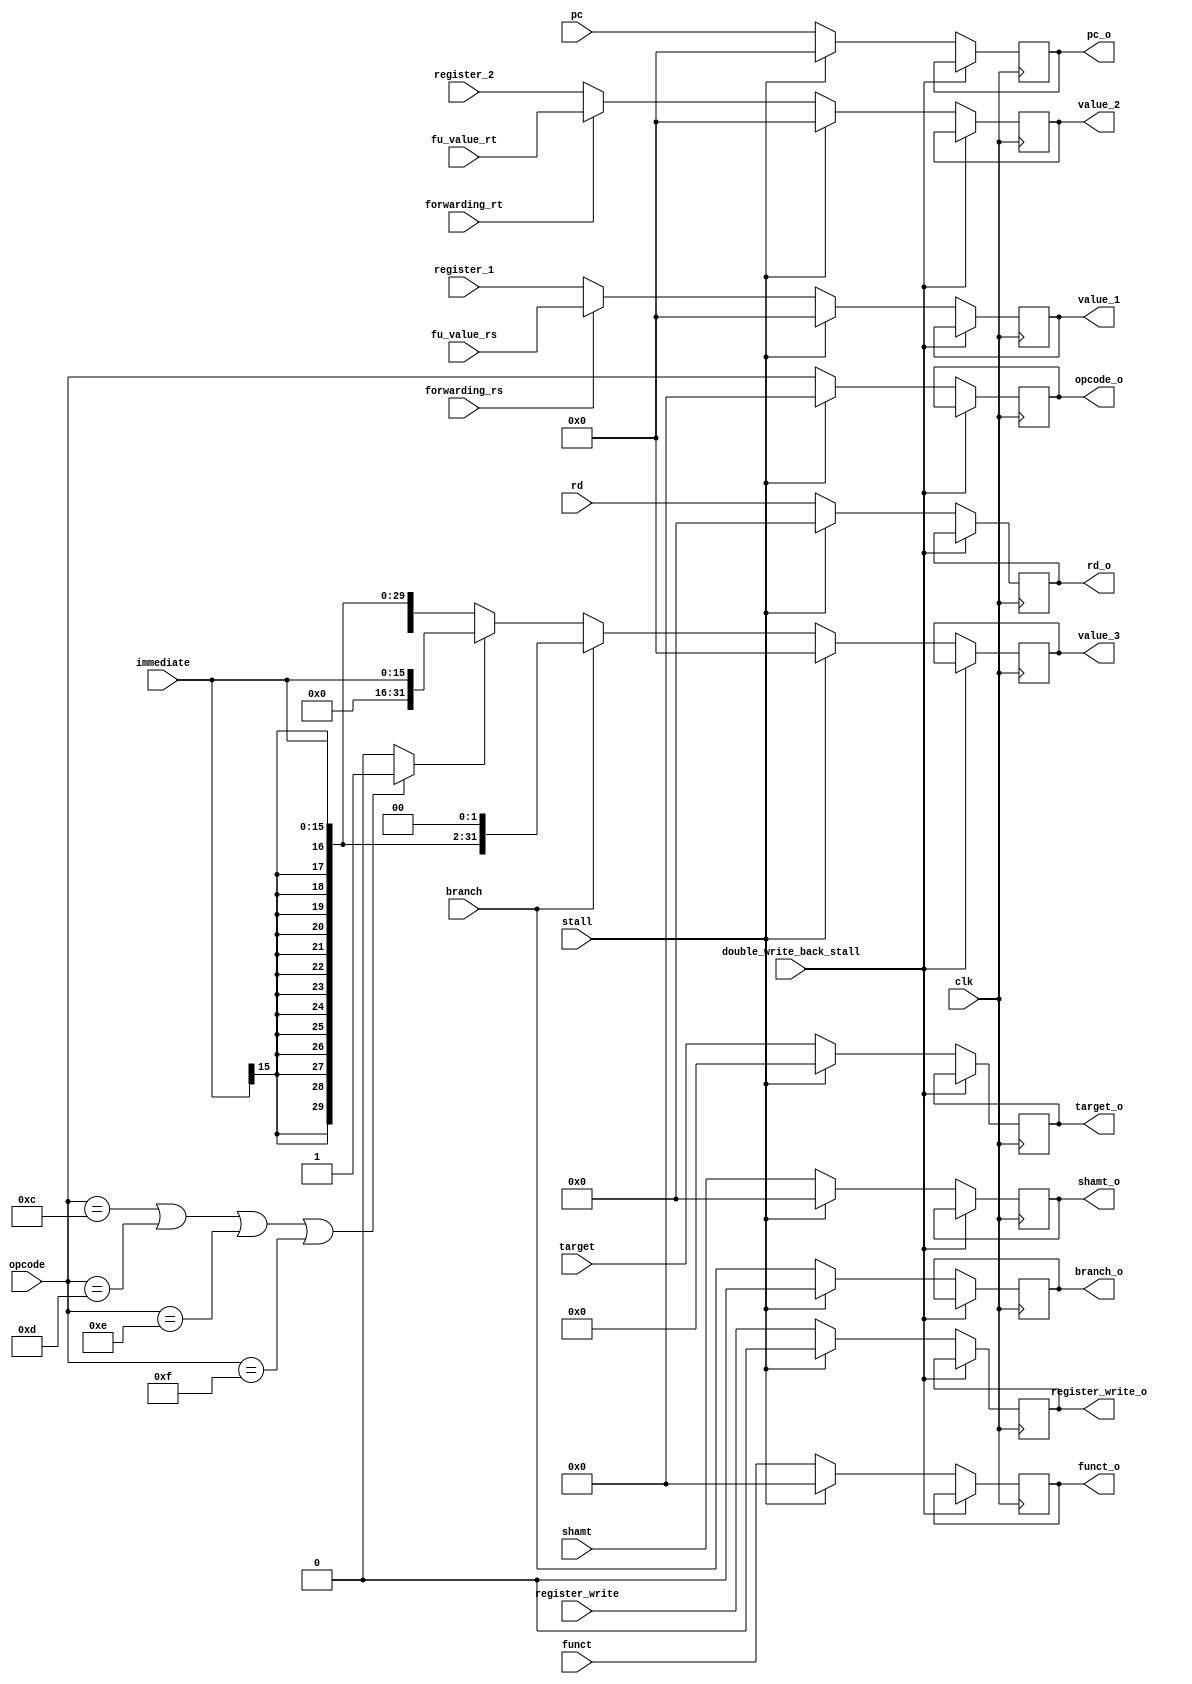
module RD(
    input [5:0] opcode,
    input [4:0] rd,
    input register_write,
    input branch,
    input [4:0] shamt,
    input [5:0] funct,
    input [15:0] immediate,
    input [25:0] target,
    input [31:0] pc,
    input [31:0] register_1,
    input [31:0] register_2,
    input stall,
    
    input double_write_back_stall,
    
    input clk,
    input forwarding_rs,
    input forwarding_rt,
    input [31:0] fu_value_rs,
    input [31:0] fu_value_rt,
    output [5:0] opcode_o,
    output [4:0] rd_o,
    output register_write_o,
    output branch_o,
    output [4:0] shamt_o,
    output [5:0] funct_o,
    output [25:0] target_o,
    output [31:0] pc_o,
    output [31:0] value_1,
    output [31:0] value_2,
    output [31:0] value_3
    );

wire [31:0] immediate_extended;
assign immediate_extended = {{16{immediate[15]}}, immediate};

initial begin
    opcode_o_reg = 0;
    rd_o_reg = 0;
    register_write_o_reg = 0;
    branch_o_reg = 0;
    shamt_o_reg = 0;
    funct_o_reg = 0;
    target_o_reg = 0;
    pc_o_reg = 0;
    value_1_reg = 0;
    value_2_reg = 0;
    value_3_reg = 0;
end

reg [5:0] opcode_o_reg;
reg [4:0] rd_o_reg;
reg register_write_o_reg;
reg branch_o_reg;
reg [4:0] shamt_o_reg;
reg [5:0] funct_o_reg;
reg [25:0] target_o_reg;
reg [31:0] pc_o_reg;
reg [31:0] value_1_reg;
reg [31:0] value_2_reg;
reg [31:0] value_3_reg;

/*
assign opcode_o = stall ? 0 : opcode_o_reg;
assign rd_o = stall ? 0 : rd_o_reg;
assign register_write_o = stall ? 0 : register_write_o_reg;
assign branch_o = stall ? 0 : branch_o_reg;
assign shamt_o = stall ? 0 : shamt_o_reg;
assign funct_o = stall ? 0 : funct_o_reg;
assign target_o = stall ? 0 : target_o_reg;
assign pc_o = stall ? 0 : pc_o_reg;
assign value_1 = stall ? 0 : value_1_reg;
assign value_2 = stall ? 0 : value_2_reg;
assign value_3 = stall ? 0 : value_3_reg;
*/

assign opcode_o = opcode_o_reg;
assign rd_o = rd_o_reg;
assign register_write_o = register_write_o_reg;
assign branch_o = branch_o_reg;
assign shamt_o = shamt_o_reg;
assign funct_o = funct_o_reg;
assign target_o = target_o_reg;
assign pc_o = pc_o_reg;
assign value_1 = value_1_reg;
assign value_2 = value_2_reg;
assign value_3 = value_3_reg;

wire zero_extend = opcode == 12 || opcode == 13 || opcode == 14 || opcode == 15 ? 1 : 0;


always @ (posedge clk) begin
if(double_write_back_stall == 0) begin
    if (stall == 0) begin
        opcode_o_reg <= opcode;
        rd_o_reg <= rd;
        register_write_o_reg <= register_write;
        shamt_o_reg <= shamt;
        funct_o_reg <= funct;
        target_o_reg <= target;
        pc_o_reg <= pc;
        value_1_reg <= forwarding_rs == 1 ? fu_value_rs : register_1;
        value_2_reg <= forwarding_rt == 1 ? fu_value_rt : register_2;
        branch_o_reg <= branch;
        if (branch == 1) begin
            value_3_reg <= immediate_extended << 2;
        end else if(zero_extend == 1) begin
            value_3_reg <= {{16{1'b0}}, immediate};
        end else begin
            value_3_reg <= immediate_extended;
        end
     
     end  else begin 
        opcode_o_reg <= 0;
        rd_o_reg <= 0;
        register_write_o_reg <= 0;
        shamt_o_reg <= 0;
        funct_o_reg <= 0;
        target_o_reg <= 0;
        pc_o_reg <= 0;
        value_1_reg <= 0;
        value_2_reg <= 0;
        value_3_reg <= 0;
        branch_o_reg <= 0;
     end
end
end


endmodule